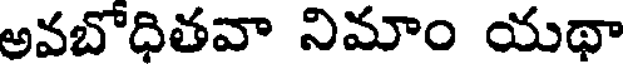
అవబోధితవా నిమాం యథా